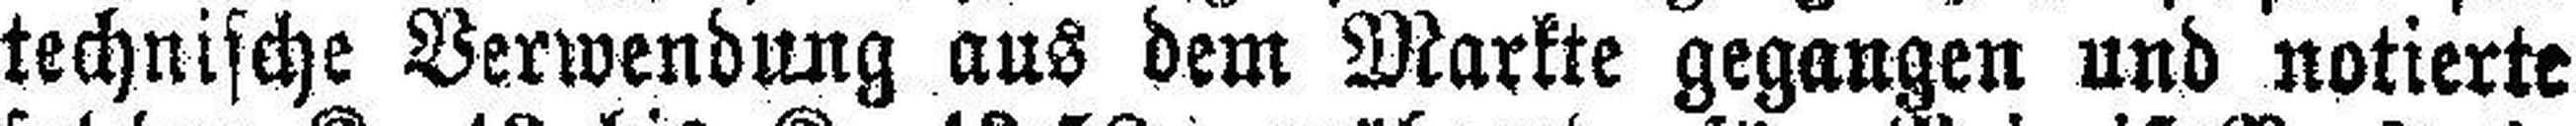
technische Verwendung aus dem Markte gegangen und notierte